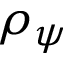
\rho _ { \psi }